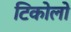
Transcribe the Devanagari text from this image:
टिकोलो